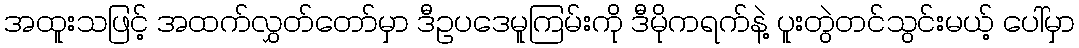
အထူးသဖြင့် အထက်လွှတ်တော်မှာ ဒီဥပဒေမူကြမ်းကို ဒီမိုကရက်နဲ့ ပူးတွဲတင်သွင်းမယ့် ပေါ်မှာ